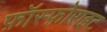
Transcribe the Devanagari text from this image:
फ़ॉस्फ़ोराइट